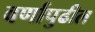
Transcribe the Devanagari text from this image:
वर्णापुढील